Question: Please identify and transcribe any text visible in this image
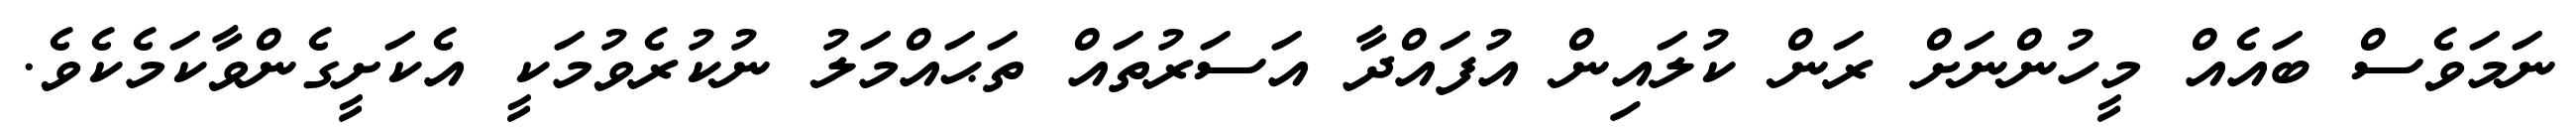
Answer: ނަމަވެސް ބައެއް މީހުންނަށް ރަން ކުލައިން އުފައްދާ އަސަރުތައް ތަޙައްމަލު ނުކުރެވުމަކީ އެކަށީގެންވާކަމެކެވެ.